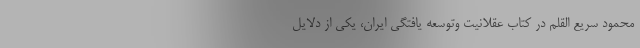
محمود سریع القلم در کتاب عقلانیت وتوسعه یافتگی ایران، یکی از دلایل